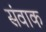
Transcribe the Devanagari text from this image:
संवाक